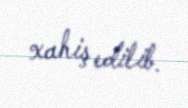
xahiş edilib.